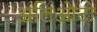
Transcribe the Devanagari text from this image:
अलिओटो